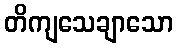
တိကျသေချာသော